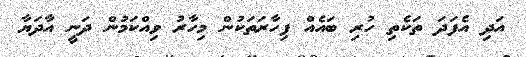
އަދި އެފަދަ ތަކެތި ހުރި ބައެއް ފިހާރަތަކުން މިހާރު ވިއްކަމުން ދަނީ އާދަޔާ